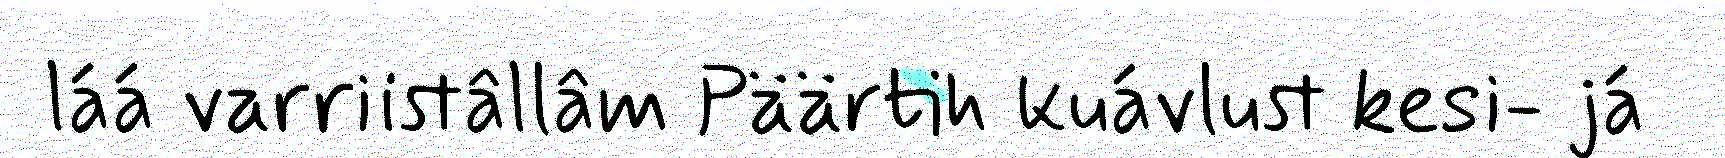
láá varriistâllâm Päärtih kuávlust kesi- já